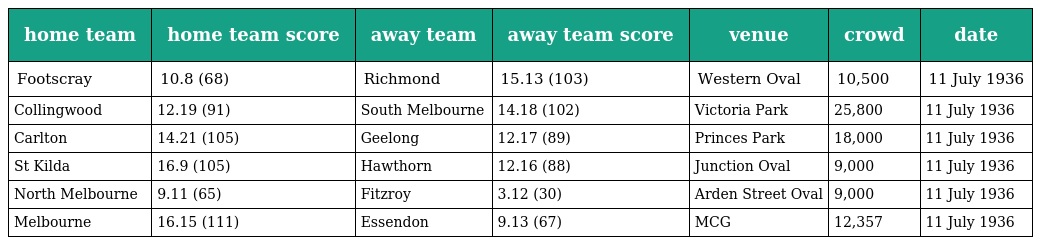
| home team | home team score | away team | away team score | venue | crowd | date |
 | --- | --- | --- | --- | --- | --- | --- |
 | Footscray | 10.8 (68) | Richmond | 15.13 (103) | Western Oval | 10,500 | 11 July 1936 |
 | Collingwood | 12.19 (91) | South Melbourne | 14.18 (102) | Victoria Park | 25,800 | 11 July 1936 |
 | Carlton | 14.21 (105) | Geelong | 12.17 (89) | Princes Park | 18,000 | 11 July 1936 |
 | St Kilda | 16.9 (105) | Hawthorn | 12.16 (88) | Junction Oval | 9,000 | 11 July 1936 |
 | North Melbourne | 9.11 (65) | Fitzroy | 3.12 (30) | Arden Street Oval | 9,000 | 11 July 1936 |
 | Melbourne | 16.15 (111) | Essendon | 9.13 (67) | MCG | 12,357 | 11 July 1936 |